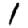
Digit: 1